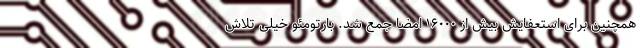
همچنین برای استعفایش بیش از ۱۶۰۰۰ امضا جمع شد. بارتومئو خیلی تلاش